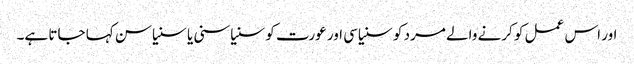
اور اس عمل کو کرنے والے مرد کو سنیاسی اور عورت کو سنیاسنی یا سنیاسن کہا جاتا ہے۔